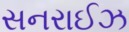
સનરાઈઝ